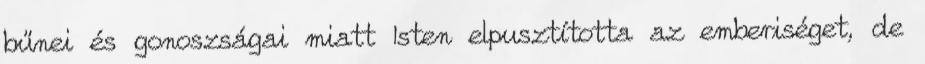
bűnei és gonoszságai miatt Isten elpusztította az emberiséget, de